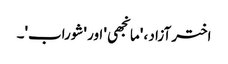
اختر آزاد ، 'مانجھی' اور 'شوراب'۔